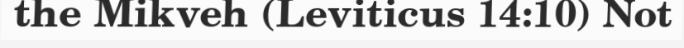
the Mikveh (Leviticus 14:10) Not